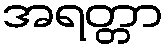
အရတ္တာ